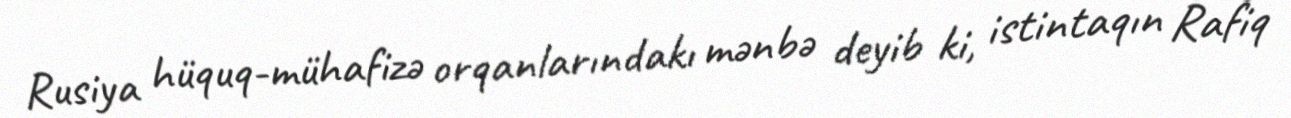
Rusiya hüquq-mühafizə orqanlarındakı mənbə deyib ki, istintaqın Rafiq